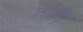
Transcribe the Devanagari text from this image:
तरेड़